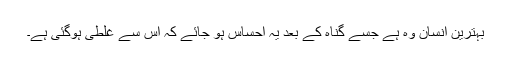
بہترین انسان وہ ہے جسے گناہ کے بعد یہ احساس ہو جائے کہ اس سے غلطی ہوگئی ہے۔